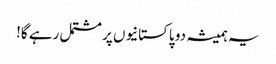
یہ ہمیشہ دو پاکستانیوں پر مشتمل رہے گا!